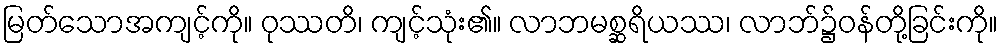
မြတ်သောအကျင့်ကို။ ဝုဿတိ၊ ကျင့်သုံး၏။ လာဘမစ္ဆရိယဿ၊ လာဘ်၌ဝန်တို့ခြင်းကို။